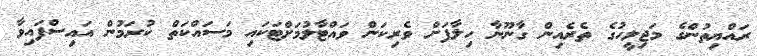
ރައްޔިތުންގެ މަޖިލީހުގެ ތެރެއިން ގާނޫނާ ހިލާފަށް ވެރިކަން ވައްޓާލުމަށްޓަކައި މަސައްކަތް ކުރަމުން އައިސްފައިވާ